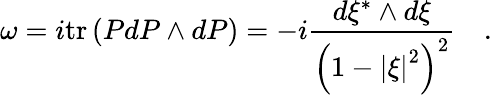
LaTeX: \omega=i\mathrm{tr}\left({PdP\wedge dP}\right)=-i{\frac{d\xi^{*}\wedge d\xi}{\left({1-\left|\xi\right|^{2}}\right)^{2}}}\quad.